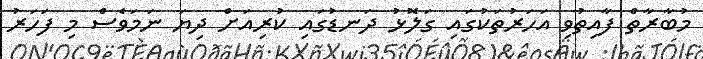
މުބާރާތް ފާއިތުވި އަހަރުތަކުގައި ގަލޮޅު ދަނޑުގައި ކުރިއަށް ދިޔަ ނަމަވެސް މި ފަހަރު